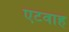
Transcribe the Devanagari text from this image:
एटवाह